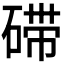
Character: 𱴙